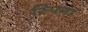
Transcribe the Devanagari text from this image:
स्पिगा